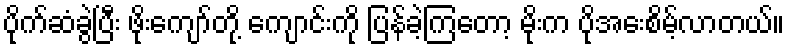
ပိုက်ဆံခွဲပြီး ဖိုးကျော်တို့ ကျောင်းကို ပြန်ခဲ့ကြတော့ မိုးက ပိုအေးစိမ့်လာတယ်။